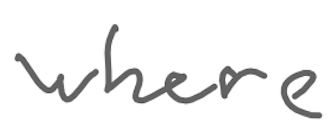
Text: where
Cross-out: clean
Writing tool: digital_gray